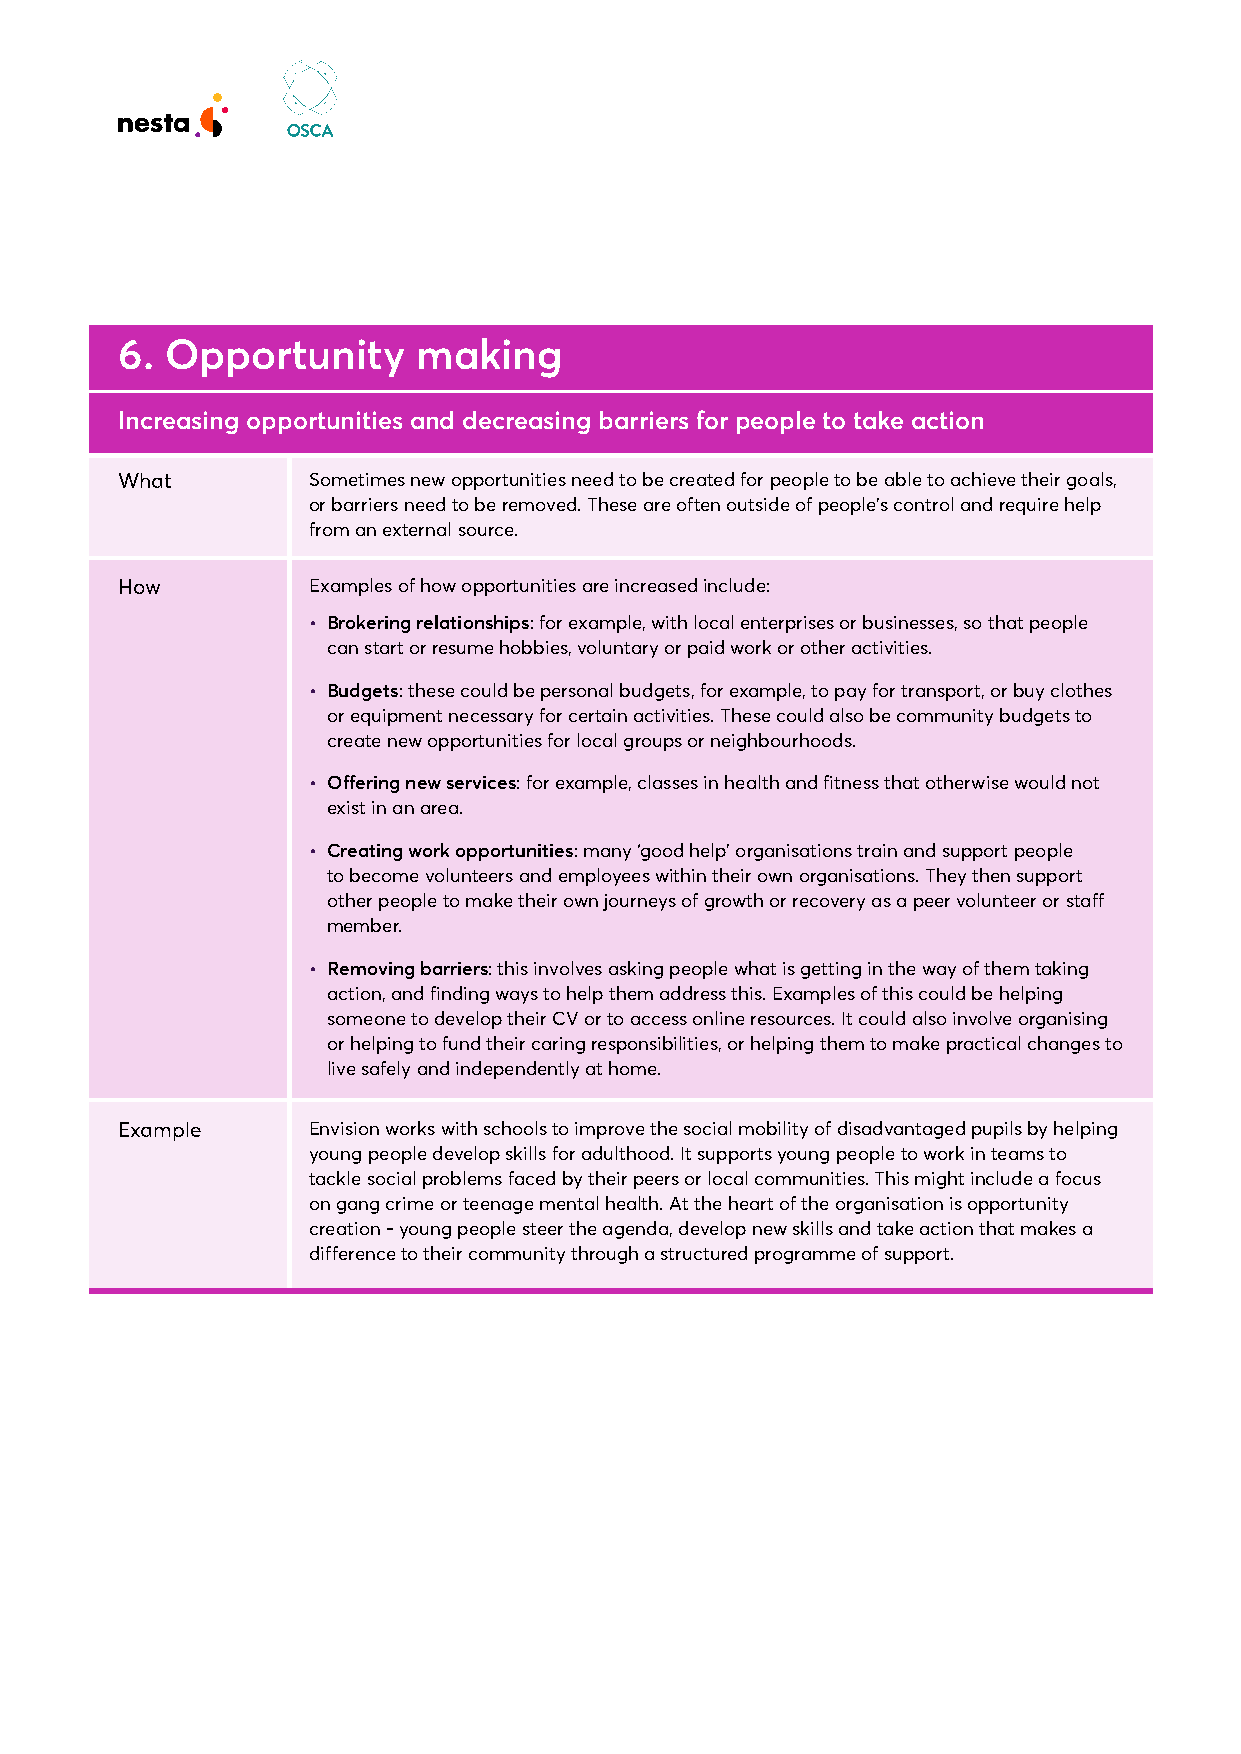
6. Opportunity      making
 Increasing opportunities and decreasing barriers for people to take action
 What        Sometimes new opportunities need to be created for people to be able to achieve their goals,
 or barriers need to be removed. These are often outside of people’s control and require help
 from an external source.
 How         Examples of how opportunities are increased include:
 • Brokering relationships: for example, with local enterprises or businesses, so that people
 can start or resume hobbies, voluntary or paid work or other activities.
 • Budgets: these could be personal budgets, for example, to pay for transport, or buy clothes
 or equipment necessary for certain activities. These could also be community budgets to
 create new opportunities for local groups or neighbourhoods.
 • Offering new services: for example, classes in health and fitness that otherwise would not
 exist in an area.
 • Creating work opportunities: many ‘good help’ organisations train and support people
 to become volunteers and employees within their own organisations. They then support
 other people to make their own journeys of growth or recovery as a peer volunteer or staff
 member.
 • Removing barriers: this involves asking people what is getting in the way of them taking
 action, and finding ways to help them address this. Examples of this could be helping
 someone to develop their CV or to access online resources. It could also involve organising
 or helping to fund their caring responsibilities, or helping them to make practical changes to
 live safely and independently at home.
 Example     Envision works with schools to improve the social mobility of disadvantaged pupils by helping
 young people develop skills for adulthood. It supports young people to work in teams to
 tackle social problems faced by their peers or local communities. This might include a focus
 on gang crime or teenage mental health. At the heart of the organisation is opportunity
 creation - young people steer the agenda, develop new skills and take action that makes a
 difference to their community through a structured programme of support.